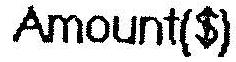
AMOUNT($)